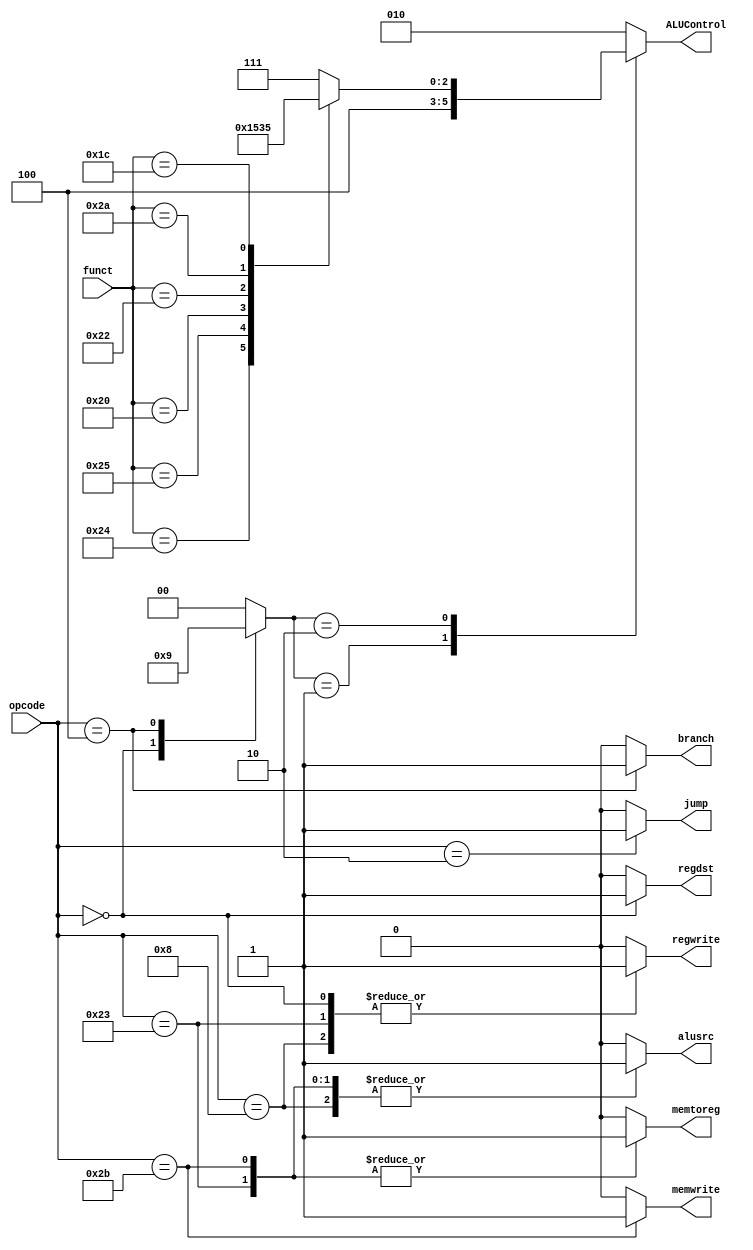
/**************************************************************************************************/
/**************************************************************************************************/
/*****************************		Author: Alyaa Mohamed 	***************************************/
/*****************************		Module: control unit	***************************************/
/**************************************************************************************************/
/**************************************************************************************************/

module controlunit
(
    input  wire	[5:0] 	funct											,
    input  wire	[5:0] 	opcode											,
	
	output reg 			jump											,
    output reg 			memtoreg										,
    output reg 			memwrite										,
    output reg 			branch											,
    output reg 			alusrc											,
    output reg 			regdst											,
    output reg 			regwrite										,
    output reg 	[2:0] 	ALUControl 									
);									

/*****************************	     Internal signal         ***************************************/

	reg 		[1:0] 	ALUOP											;
	
/***************************************************************************************************/
/*****************************	       Main Decoder          ***************************************/	
						
	 always @(*)							
		 begin							
									
			  memtoreg = 0												;
			  memwrite = 0												;
			  branch   = 0												;
			  alusrc   = 0												;
			  regdst   = 0												;
			  regwrite = 0												;
			  jump     = 0												;
			  ALUOP    = 2'b00											;
									
				 case (opcode)						
					 6'b10_0011 :						
						 begin 	
						 
							 regwrite 	= 1								; 
							 alusrc 	= 1								; 
							 memtoreg 	= 1								; 
							 ALUOP 		= 2'b00							;
							 
						 end
						 
					 6'b10_1011 : 
						 begin 
						 
							 memwrite 	= 1								; 
							 alusrc 	= 1								;  
							 memtoreg 	= 1								; 
							 ALUOP 		= 2'b00							; 
							 
						 end	
						 
					 6'b00_0000 : 						
						 begin 	
						 
							 regwrite 	= 1								; 
							 regdst 	= 1								; 
							 ALUOP 		= 2'b10							; 
							 
						 end	
						 
					 6'b00_1000 : 						
						 begin 	
						 
							 regwrite 	= 1								; 
							 alusrc 	= 1								; 
							 ALUOP 		= 2'b00							; 
							 
						 end	
						 
					 6'b00_0100 : 						
						 begin 	
						 
							 ALUOP 		= 2'b01							; 
							 branch 	= 1								; 
							 
						 end	
						 
					 6'b00_0010 : 						
						 begin 	
						 
							jump 		= 1								; 
							
						 end
						 
					 default 	: 
						 begin 
						 
							 memtoreg 	= 0								; 
							 memwrite 	= 0								; 
							 branch 	= 0								; 
							 alusrc 	= 0								;
							 regdst 	= 0								;  
							 regwrite 	= 0								; 
							 ALUOP 		= 2'b00							;
							 
						end
				 
				 endcase               
		 
		 end


/***************************************************************************************************/
/*****************************	        ALU Decoder          ***************************************/


	always @(*)
	begin
	
		case (ALUOP)
		
			2'b00 : ALUControl = 3'b010									;
			2'b01 : ALUControl = 3'b100									;
			2'b10 : begin 
			
						case (funct)
						
							6'b10_0100	:	ALUControl = 3'b000			;
							6'b10_0101	:	ALUControl = 3'b001			;
							6'b10_0000 	: 	ALUControl = 3'b010			;
							6'b10_0010 	: 	ALUControl = 3'b100			;
							6'b10_1010 	: 	ALUControl = 3'b110			;
							6'b01_1100 	: 	ALUControl = 3'b101			;
							default 	: 	ALUControl = 3'b111			;
								
						endcase 	
						
					end    	
				
			default : ALUControl=3'b010									;
			
		endcase
	
	end

endmodule